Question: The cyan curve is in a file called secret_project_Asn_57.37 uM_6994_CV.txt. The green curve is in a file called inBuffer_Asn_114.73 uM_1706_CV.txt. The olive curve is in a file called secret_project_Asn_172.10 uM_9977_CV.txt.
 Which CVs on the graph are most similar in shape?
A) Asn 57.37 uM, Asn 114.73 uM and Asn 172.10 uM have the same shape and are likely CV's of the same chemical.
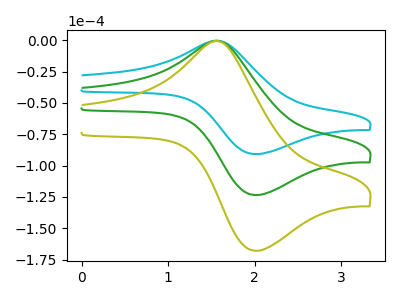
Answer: <think>The cyan curve "Asn 57.37 uM" has an anodic peak at (1.60V, -0.55uA) and a cathodic peak at (2.00V, -90.80uA). The green curve "Asn 114.73 uM" has an anodic peak at (1.60V, -0.75uA) and a cathodic peak at (2.00V, -123.50uA). The olive curve "Asn 172.10 uM" has an anodic peak at (1.60V, -1.45uA) and a cathodic peak at (2.00V, -247.05uA).
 All the peaks in "Asn 57.37 uM" have a peak in "Asn 114.73 uM" at the same potential. All the peaks in "Asn 57.37 uM" have a peak in "Asn 172.10 uM" at the same potential. All the peaks in "Asn 114.73 uM" have a peak in "Asn 172.10 uM" at the same potential.</think>
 <answer>A) "Asn 57.37 uM", "Asn 114.73 uM" and "Asn 172.10 uM" have the same shape and are likely CV's of the same chemical.</answer>
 <eval>A</eval>